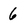
Character: 6